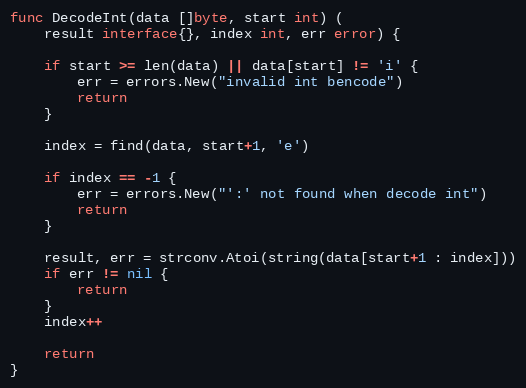
Language: Go
func DecodeInt(data []byte, start int) (
	result interface{}, index int, err error) {

	if start >= len(data) || data[start] != 'i' {
		err = errors.New("invalid int bencode")
		return
	}

	index = find(data, start+1, 'e')

	if index == -1 {
		err = errors.New("':' not found when decode int")
		return
	}

	result, err = strconv.Atoi(string(data[start+1 : index]))
	if err != nil {
		return
	}
	index++

	return
}